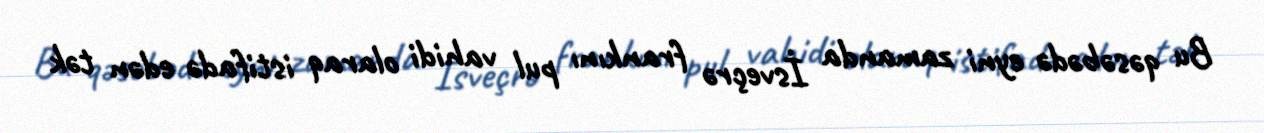
Bu qəsəbədə eyni zamanda İsveçrə frankını pul vahidi olaraq istifadə edən tək